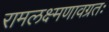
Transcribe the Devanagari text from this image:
रामलक्ष्मणावग्रतः